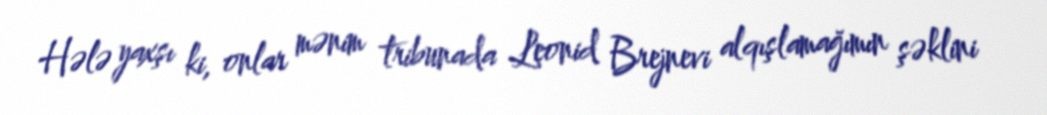
Hələ yaxşı ki, onlar mənim tribunada Leonid Brejnevi alqışlamağımın şəklini